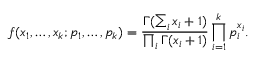
f ( x _ { 1 } , \dots , x _ { k } ; p _ { 1 } , \ldots , p _ { k } ) = { \frac { \Gamma ( \sum _ { i } x _ { i } + 1 ) } { \prod _ { i } \Gamma ( x _ { i } + 1 ) } } \prod _ { i = 1 } ^ { k } p _ { i } ^ { x _ { i } } .